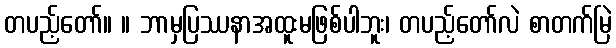
တပည့်တော်။ ။ ဘာမှပြဿနာအထူးမဖြစ်ပါဘူး၊ တပည့်တော်လဲ စာတက်မြဲ